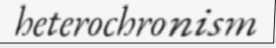
heterochronism